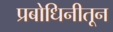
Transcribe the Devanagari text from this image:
प्रबोधिनीतून